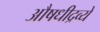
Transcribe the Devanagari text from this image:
औषधीद्रव्ये